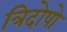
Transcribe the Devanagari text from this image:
त्रिदोषो